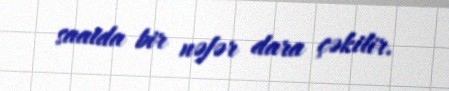
saatda bir nəfər dara çəkilir.